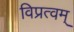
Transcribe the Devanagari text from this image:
विप्रत्वम्